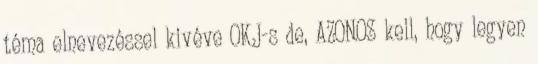
téma elnevezéssel kivéve OKJ-s de, AZONOS kell, hogy legyen